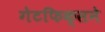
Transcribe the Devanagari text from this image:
गेटफिक्सने